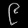
Digit: ၉